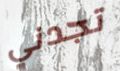
تجدني